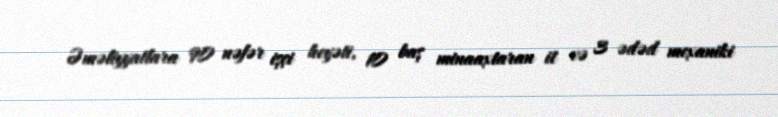
Əməliyyatlara 90 nəfər işçi heyəti, 10 baş minaaxtaran it və 3 ədəd mexaniki